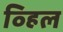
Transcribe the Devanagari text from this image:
व्हिल